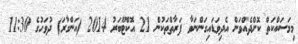
މިމަސައްކަތް ކޮށްދެއްވަން އެދިވަޑައިގަންނަވާ ފަރާތްތަކުން 21 އޮކްޓޫބަރު 2014 (އަންގާރަ) ދުވަހުގެ 11:30